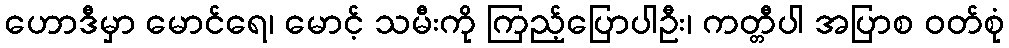
ဟောဒီမှာ မောင်ရေ၊ မောင့် သမီးကို ကြည့်ပြောပါဦး၊ ကတ္တီပါ အပြာစ ဝတ်စုံ